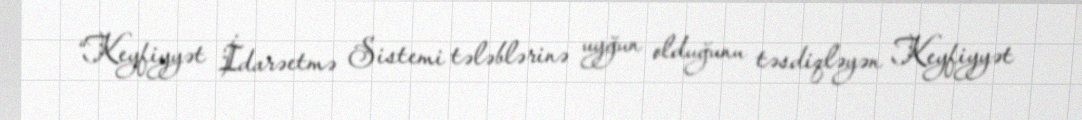
“Keyfiyyət İdarəetmə Sistemi tələblərinə uyğun olduğunu təsdiqləyən Keyfiyyət